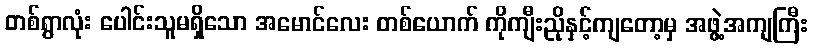
တစ်ရွာလုံး ပေါင်းသူမရှိသော အမောင်လေး တစ်ယောက် ကိုကျီးညိုနှင့်ကျတော့မှ အဖွဲ့အကျကြီး